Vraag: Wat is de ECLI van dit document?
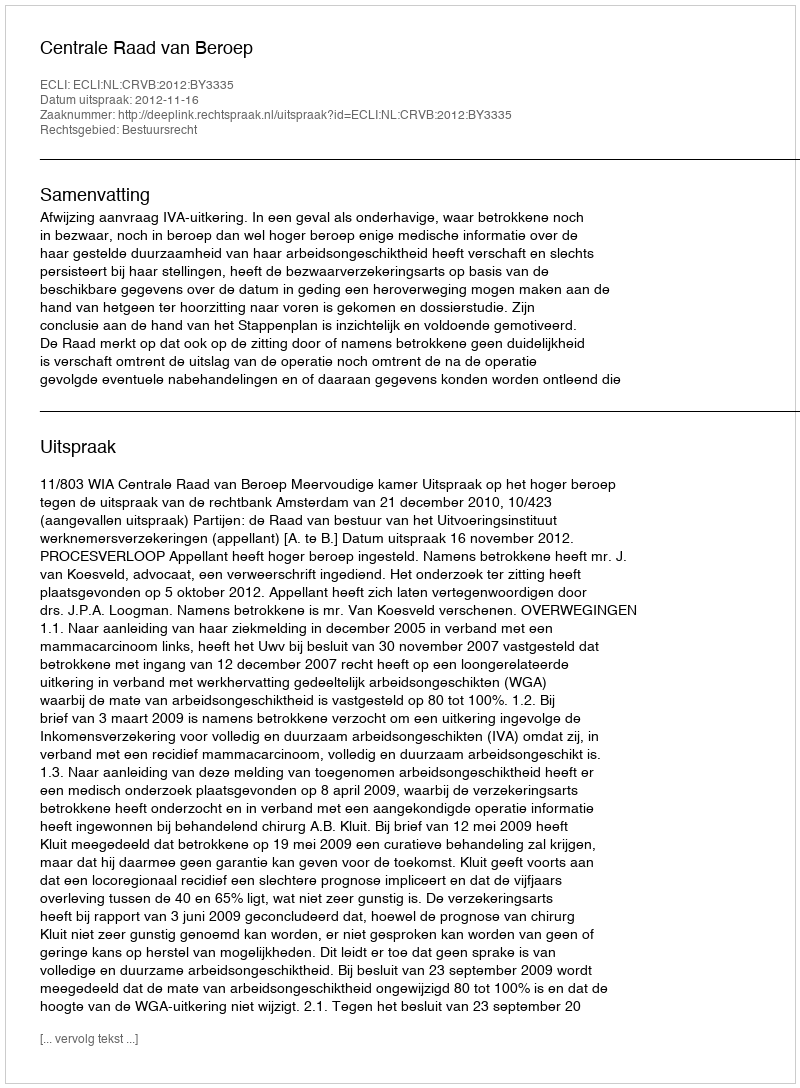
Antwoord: ECLI:NL:CRVB:2012:BY3335